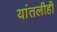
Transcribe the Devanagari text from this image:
यांतलीही